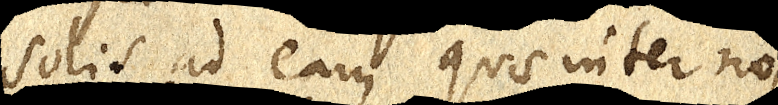
solis ad eam quae inter nos